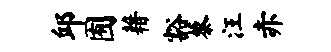
邱囿藉豁藜汪赤